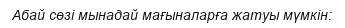
Абай сөзі мынадай мағыналарға жатуы мүмкін: